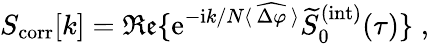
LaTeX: S_{\mathrm{corr}}[k]=\mathfrak{Re}\{ \mathrm{e}^{-\mathrm{i}k/N\langle\, \widehat{\Delta\varphi}\, \rangle}\widetilde{S}_{0}^{(\mathrm{int})}(\tau)\} \; ,